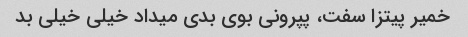
خمیر پیتزا سفت، پپرونی بوی بدی میداد خیلی خیلی بد